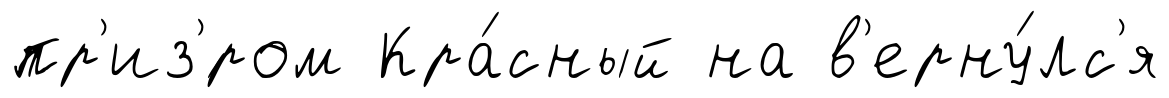
пр'из'́ром Кра́сный на в'ерну́лс'я